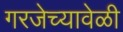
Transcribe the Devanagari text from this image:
गरजेच्यावेळी